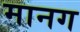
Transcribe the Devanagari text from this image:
मानग